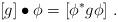
LaTeX: \begin{align*} [g]\bullet \phi=[\phi^* g\phi]\ . \end{align*}